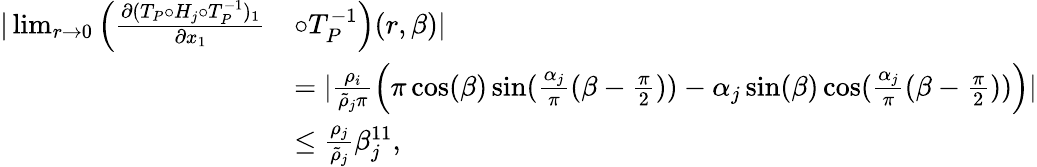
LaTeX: \begin{array}{rl}{|\operatorname*{lim}_{r\to 0}\Big(\frac{\partial(T_{P}\circ H_{j}\circ T_{P}^{-1})_{1}}{\partial x_{1}}}&{\circ T_{P}^{-1}\Big)(r,\beta)|}\\ &{=|\frac{\rho_{i}}{\tilde{\rho}_{j}\pi}\Big(\pi\cos(\beta)\sin(\frac{\alpha_{j}}{\pi}(\beta-\frac{\pi}{2}))-\alpha_{j}\sin(\beta)\cos(\frac{\alpha_{j}}{\pi}(\beta-\frac{\pi}{2}))\Big)|}\\ &{\le\frac{\rho_{j}}{\tilde{\rho}_{j}}\beta_{j}^{11},}\end{array}